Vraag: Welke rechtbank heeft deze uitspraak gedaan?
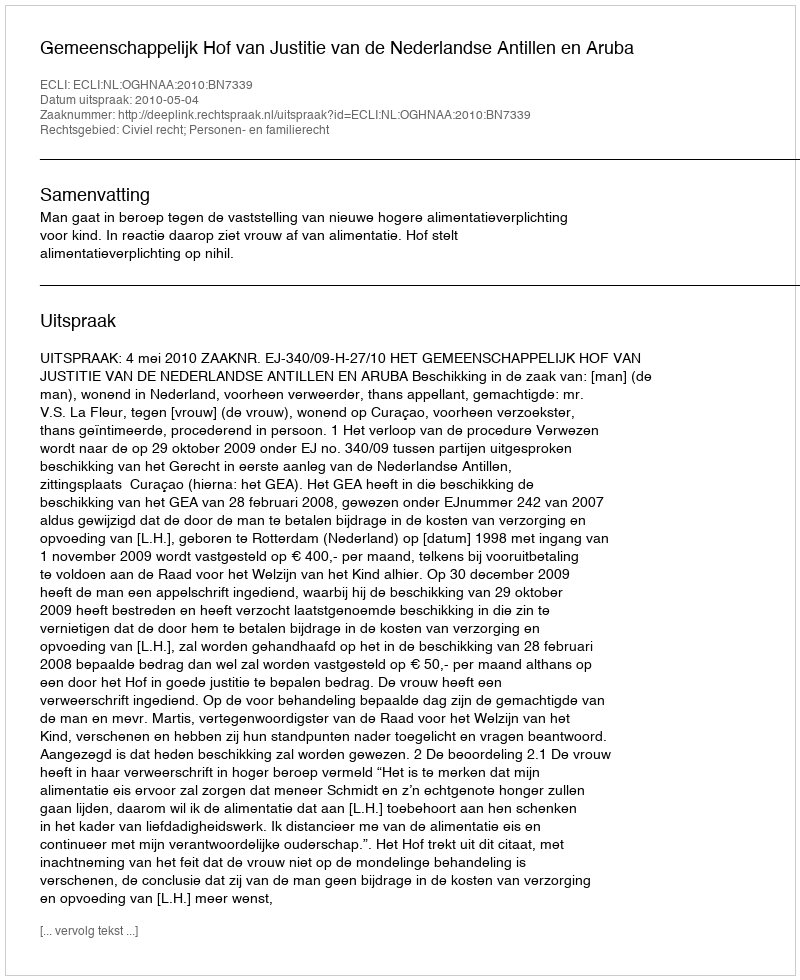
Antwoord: Gemeenschappelijk Hof van Justitie van de Nederlandse Antillen en Aruba